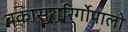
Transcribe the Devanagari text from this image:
बकासुरारिर्गोपालो